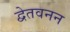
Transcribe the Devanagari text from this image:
द्वेतवनन